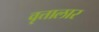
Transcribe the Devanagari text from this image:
वृत्तालार